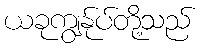
ယခုကျွန်ုပ်တို့သည်